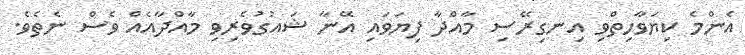
އެންމެ ކިޔަވާހިތްވި އިނގިރޭސި މާއްދާ ފިޔަވައި އޭނާ ޝައުގުވެރިވި މާއްދާއެއް ވެސް ނެތެވެ.